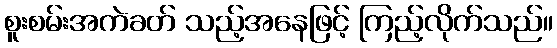
စူးစမ်းအကဲခတ် သည့်အနေဖြင့် ကြည့်လိုက်သည်။